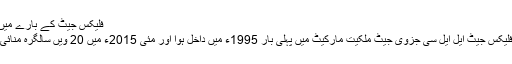
فلیکس جیٹ کے بارے میں
فلیکس جیٹ ایل ایل سی جزوی جیٹ ملکیت مارکیٹ میں پہلی بار 1995ء میں داخل ہوا اور مئی 2015ء میں 20 ویں سالگرہ منائی۔